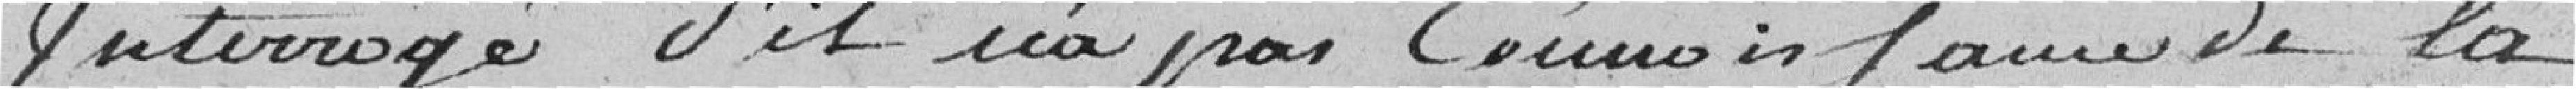
Interrogé s'il n'a pas connaissance de la